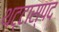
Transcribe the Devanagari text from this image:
थट्टास्पद